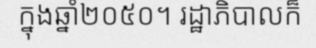
ក្នុងឆ្នាំ២០៥០។ រដ្ឋាភិបាលក៏